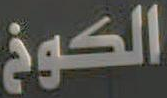
الكوخ